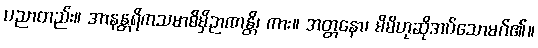
ပညာတည်း။ အာနန္တရိကသမာဓိမှိဉာဏန္တိ၊ ကား။ အတ္တနော၊ မိမိဟုဆိုအပ်သောမဂ်၏။